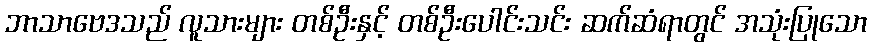
ဘာသာဗေဒသည် လူသားများ တစ်ဦးနှင့် တစ်ဦးပေါင်းသင်း ဆက်ဆံရာတွင် အသုံးပြုသော